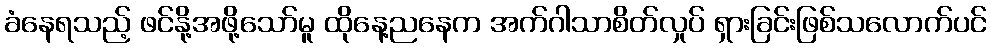
ခံနေရသည့် ဖင်နို့အဖို့သော်မူ ထိုနေ့ညနေက အက်ဂါသာစိတ်လှုပ် ရှားခြင်းဖြစ်သလောက်ပင်